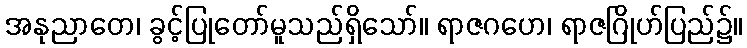
အနုညာတေ၊ ခွင့်ပြုတော်မူသည်ရှိသော်။ ရာဇဂဟေ၊ ရာဇဂြိုဟ်ပြည်၌။